DOW-UAP-D49, Launch Summary, Vandenberg AFB, 2000
Agency: Department of War
Incident date: 2/3/00
Page 43
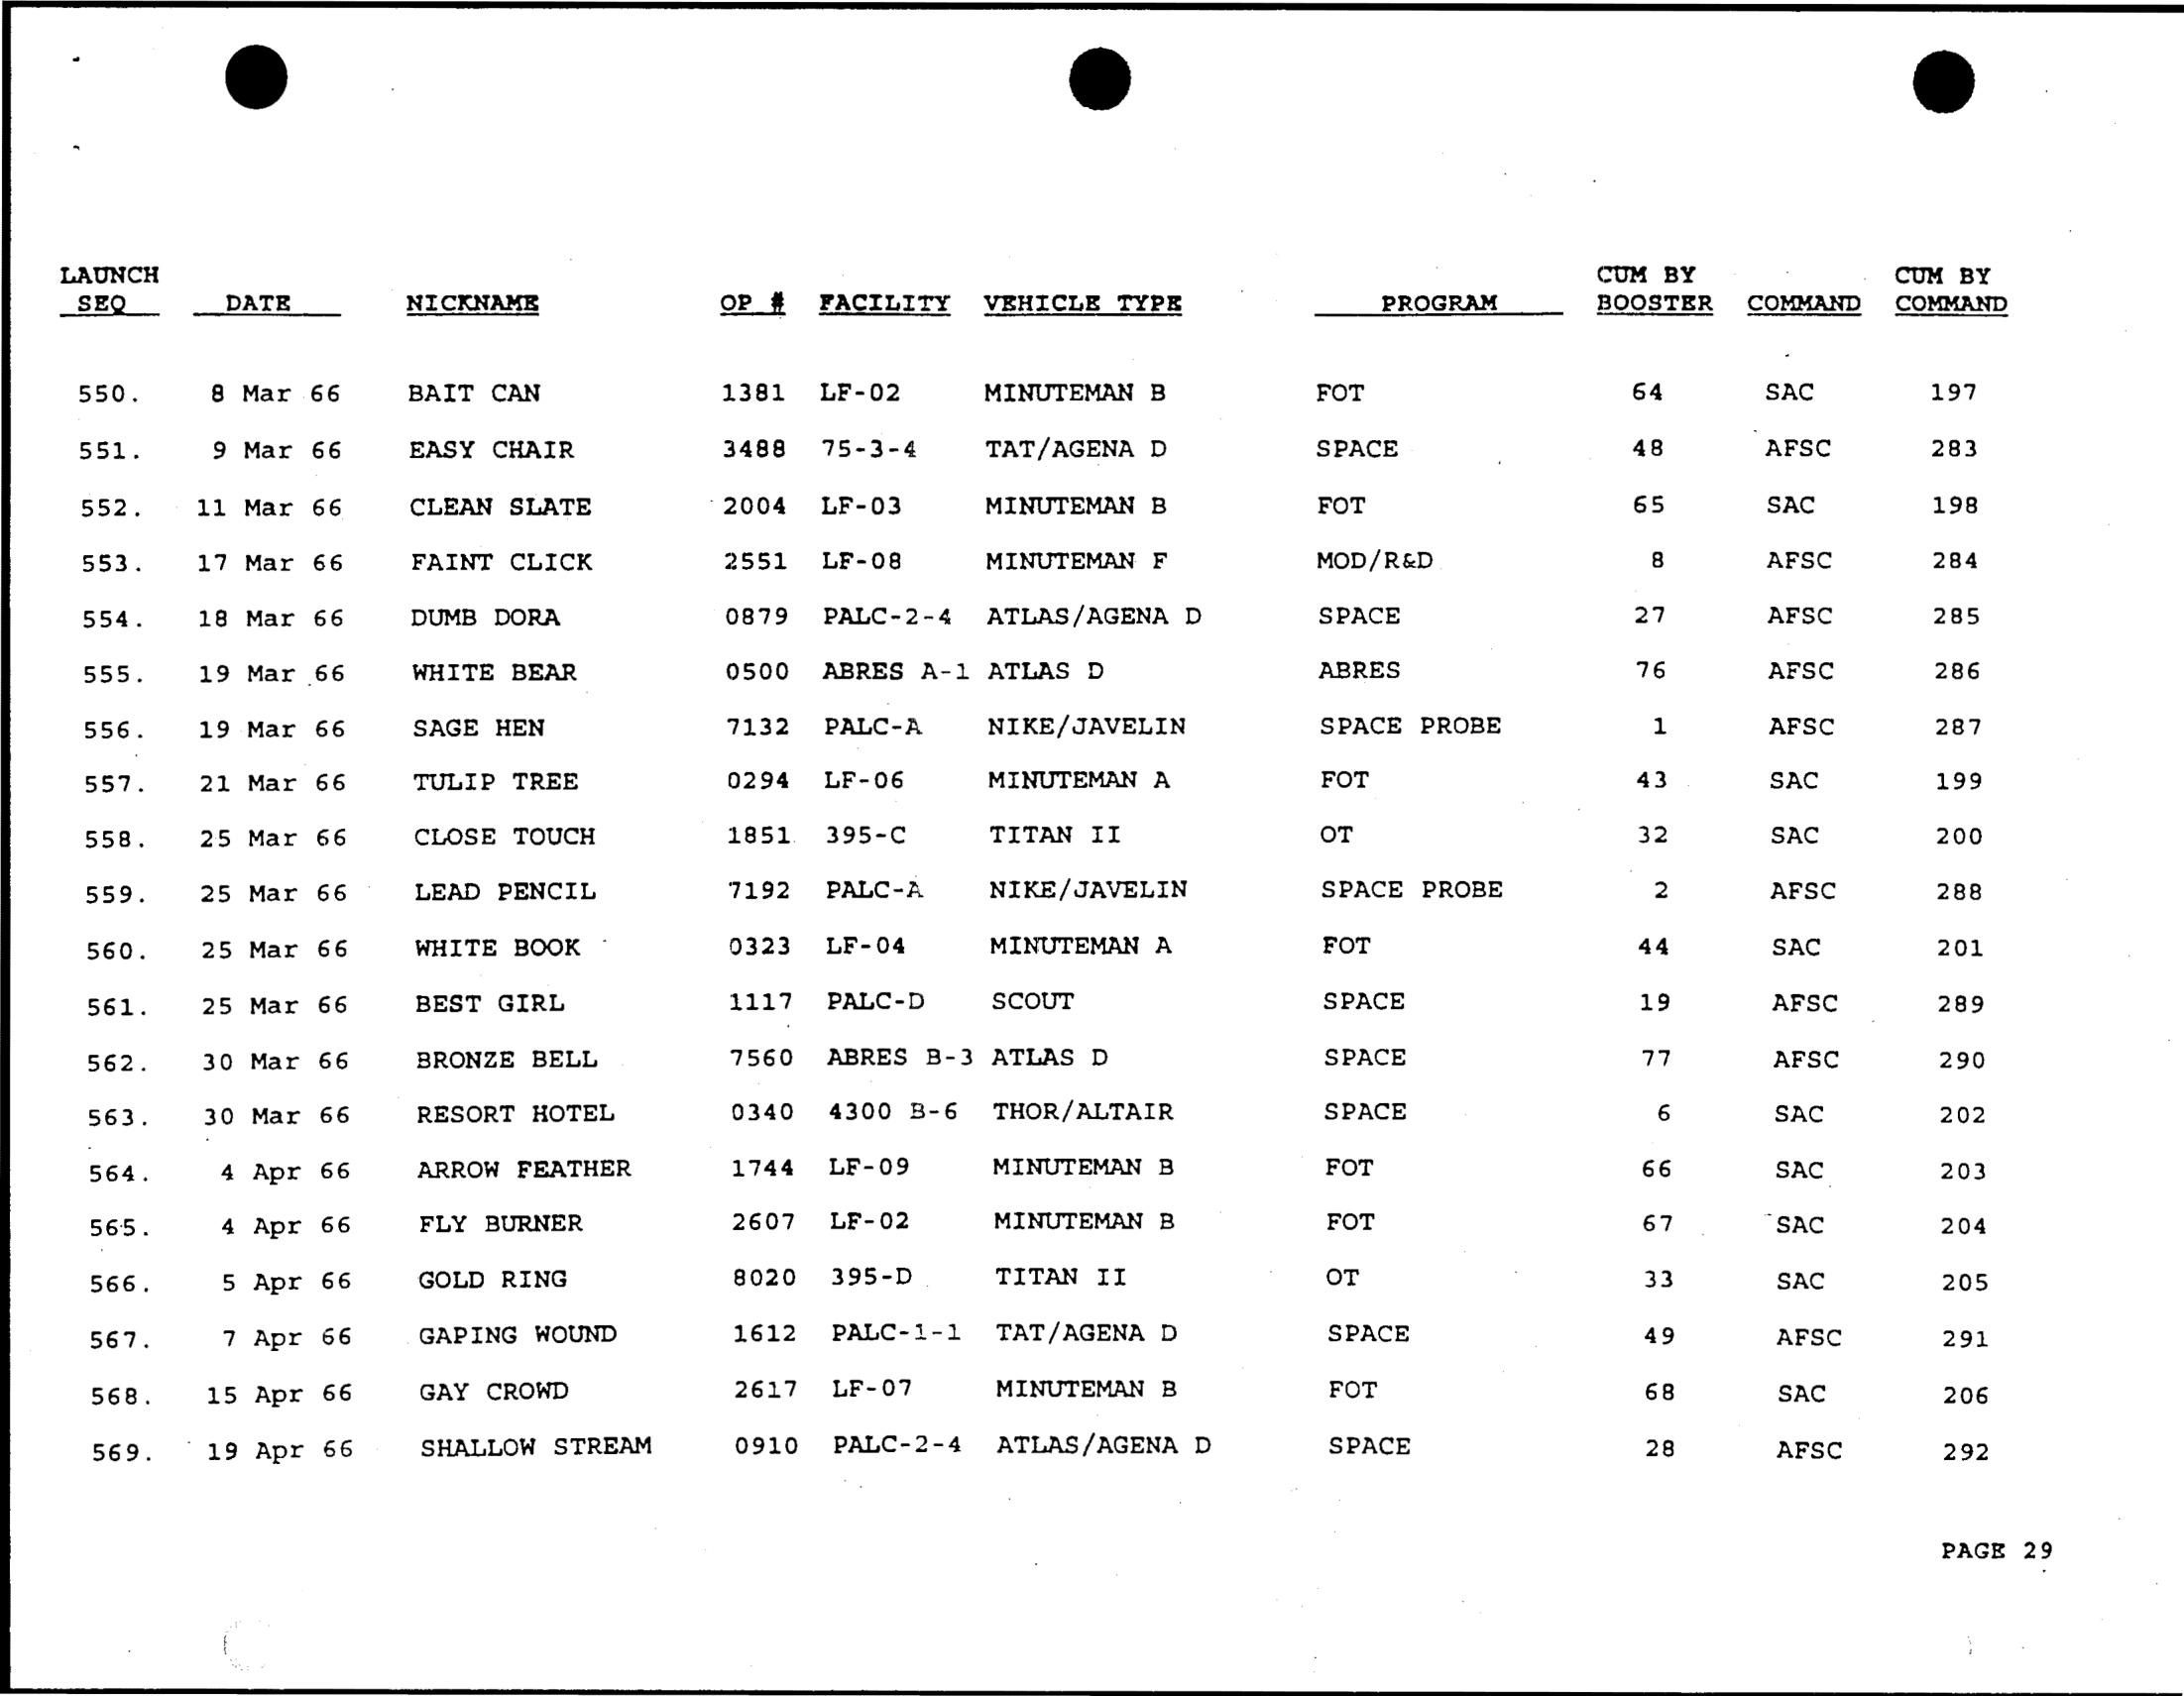